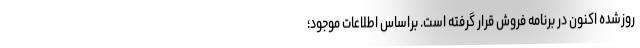
روزشده اکنون در برنامه فروش قرار گرفته است. براساس اطلاعات موجود؛